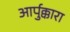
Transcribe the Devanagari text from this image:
आर्पुक्कारा